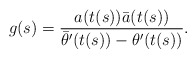
\begin{align*} g(s)=\frac{a(t(s))\bar{a}(t(s))}{\bar{\theta}'(t(s))-\theta'(t(s))}.\end{align*}